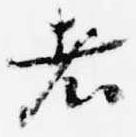
者